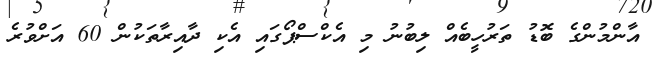
އާންމުންގެ ބޮޑު ތަރުހީބެއް ލިބުނު މި އެކްސްޕޯގައި އެކި ދާއިރާތަކުން 60 އަށްވުރެ